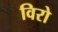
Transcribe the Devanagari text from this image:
विरो